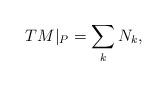
LaTeX: \begin{align*}TM\vert_{P}= \sum_{k} N_k,\end{align*}